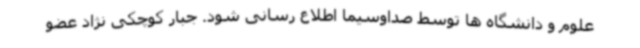
علوم و دانشگاه ها توسط صداوسیما اطلاع رسانی شود. جبار کوچکی نژاد عضو